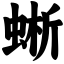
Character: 蜥